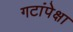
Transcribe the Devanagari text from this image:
गटांपेक्षा